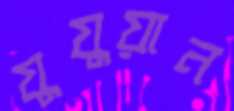
যুযুয়ান